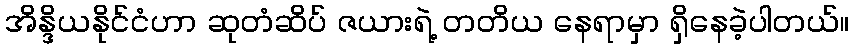
အိန္ဒိယနိုင်ငံဟာ ဆုတံဆိပ် ဇယားရဲ့ တတိယ နေရာမှာ ရှိနေခဲ့ပါတယ်။